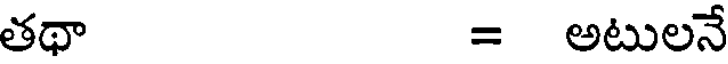
తథా = అటులనే